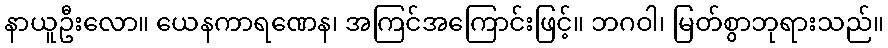
နာယူဦးလော။ ယေနကာရဏေန၊ အကြင်အကြောင်းဖြင့်။ ဘဂဝါ၊ မြတ်စွာဘုရားသည်။